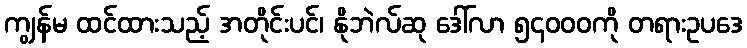
ကျွန်မ ထင်ထားသည့် အတိုင်းပင်၊ နိုဘဲလ်ဆု ဒေါ်လာ ၅၄၀၀၀ကို တရားဥပဒေ